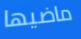
ماضيها